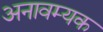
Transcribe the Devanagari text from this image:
अनावम्यक